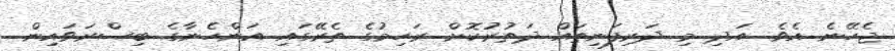
ޖެހޭނެ އެވެ. އަދި މި ދަރިފަނިތައް ދަތުރުކޮށް ރަހިމުގެ ތެރޭގައި އަންހެނާގެ ބިސްރަވައިން